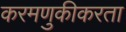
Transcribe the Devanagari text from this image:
करमणुकीकरता